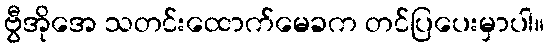
ဗွီအိုအေ သတင်းထောက်မေခက တင်ပြပေးမှာပါ။